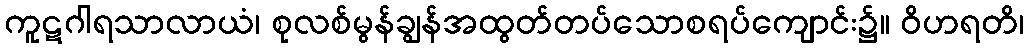
ကူဋဂါရသာလာယံ၊ စုလစ်မွန်ချွန်အထွတ်တပ်သောစရပ်ကျောင်း၌။ ဝိဟရတိ၊